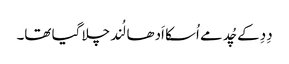
دِدِ کے چُد مے اُسکا اَدھا لُند چلا گیا تھا۔